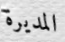
المديرة